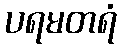
ပရမတရံ